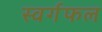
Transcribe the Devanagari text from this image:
स्वर्गफल